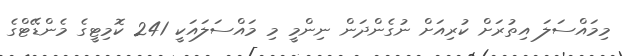
މިމައްސަލަ އިތުރަށް ކުރިއަށް ނުގެންދަން ނިންމީ މި މައްސަލައަކީ 241 ކޮމިޓީގެ މެންޑޭޓްގެ